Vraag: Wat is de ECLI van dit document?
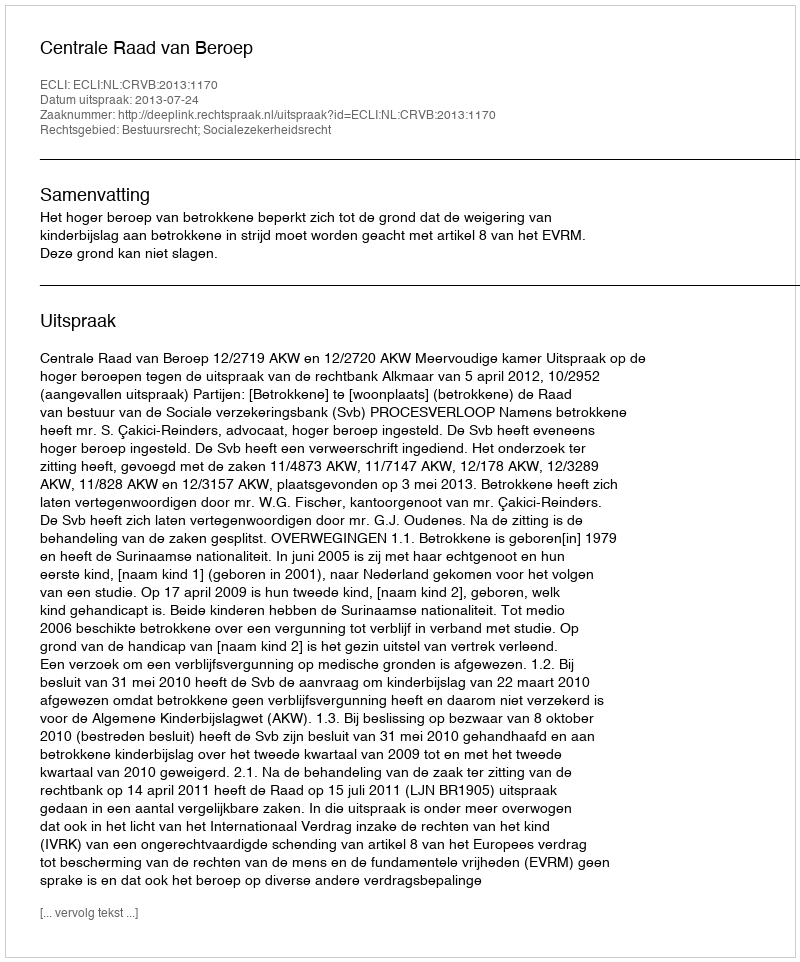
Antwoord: ECLI:NL:CRVB:2013:1170